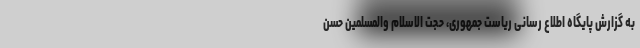
به گزارش پایگاه اطلاع رسانی ریاست جمهوری، حجت الاسلام والمسلمین حسن